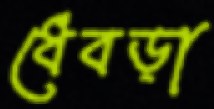
ধেবড়া